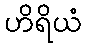
ဟိရိယံ